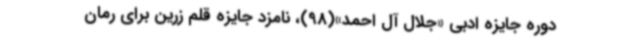
دوره جایزه ادبی «جلال آل احمد»(98)، نامزد جایزه قلم زرین برای رمان